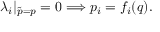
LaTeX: \lambda _ { i } | _ { \tilde { p } = p } = 0 \Longrightarrow p _ { i } = f _ { i } ( q ) { . }